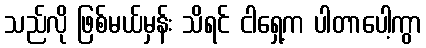
သည်လို ဖြစ်မယ်မှန်း သိရင် ငါရှေ့က ပါတာပေါ့ကွာ